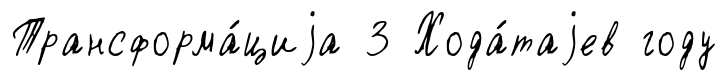
Трансформа́циjа 3 Хода́таjев году